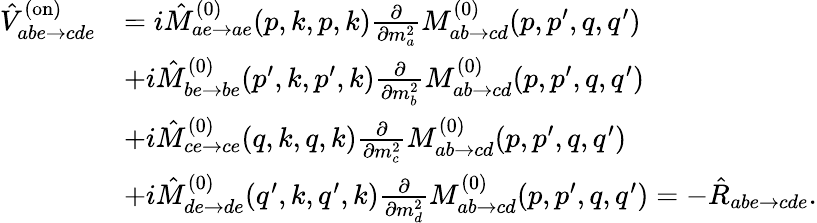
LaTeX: \begin{array}{rl}{\hat{V}_{abe\to cde}^{(\mathrm{on})}}&{=i\hat{M}_{ae\to ae}^{(0)}(p,k,p,k)\frac{\partial}{\partial m_{a}^{2}}M_{ab\to cd}^{(0)}(p,p^{\prime},q,q^{\prime})}\\ &{+i\hat{M}_{be\to be}^{(0)}(p^{\prime},k,p^{\prime},k)\frac{\partial}{\partial m_{b}^{2}}M_{ab\to cd}^{(0)}(p,p^{\prime},q,q^{\prime})}\\ &{+i\hat{M}_{ce\to ce}^{(0)}(q,k,q,k)\frac{\partial}{\partial m_{c}^{2}}M_{ab\to cd}^{(0)}(p,p^{\prime},q,q^{\prime})}\\ &{+i\hat{M}_{de\to de}^{(0)}(q^{\prime},k,q^{\prime},k)\frac{\partial}{\partial m_{d}^{2}}M_{ab\to cd}^{(0)}(p,p^{\prime},q,q^{\prime})=-\hat{R}_{abe\to cde}.}\end{array}